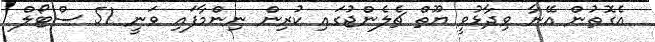
އެގޮތުން އޭނާ ވިދާޅުވީ ޔޫތް ޗެލެންޖުގައި ކުރިން ނިންމާފައި ވަނީ 51 ސްޓޯލް